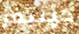
جينيفر